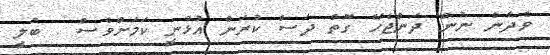
ވެދާނެ ނުން ދަންޖެހޭ ގޮތް ދަސް ކުރަން އުޅުނީ ކަަމަށްވެސް . ބުލީ